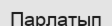
Парлатып